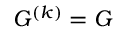
G ^ { ( k ) } = G